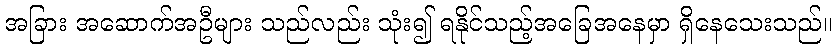
အခြား အဆောက်အဦများ သည်လည်း သုံး၍ ရနိုင်သည့်အခြေအနေမှာ ရှိနေသေးသည်။